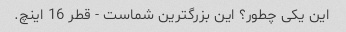
این یکی چطور؟ این بزرگترین شماست - قطر 16 اینچ.